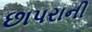
છાપરાની